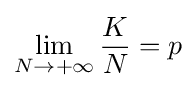
\lim _{N\to +\infty }{\frac {K}{N}}=p